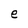
Character: e